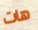
هات